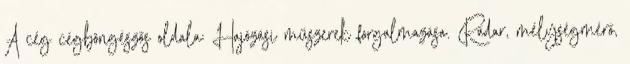
A cég cégböngészős oldala: Hajózási műszerek forgalmazása. Radar, mélységmérő,